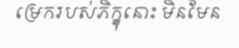
ម្រេករបស់ភិក្ខុនោះ មិនមែន